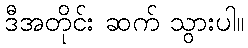
ဒီအတိုင်း ဆက် သွားပါ။